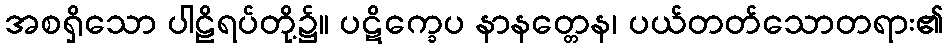
အစရှိသော ပါဠိရပ်တို့၌။ ပဋိက္ခေပ နာနတ္တေန၊ ပယ်တတ်သောတရား၏